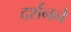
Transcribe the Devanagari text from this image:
दर्शनने